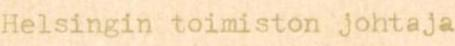
Helsingin toimiston johtaja